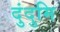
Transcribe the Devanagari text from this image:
दुंदुमि